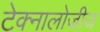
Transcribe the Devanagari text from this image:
टेक्नालोजीज